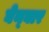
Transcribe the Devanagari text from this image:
घेन्घार